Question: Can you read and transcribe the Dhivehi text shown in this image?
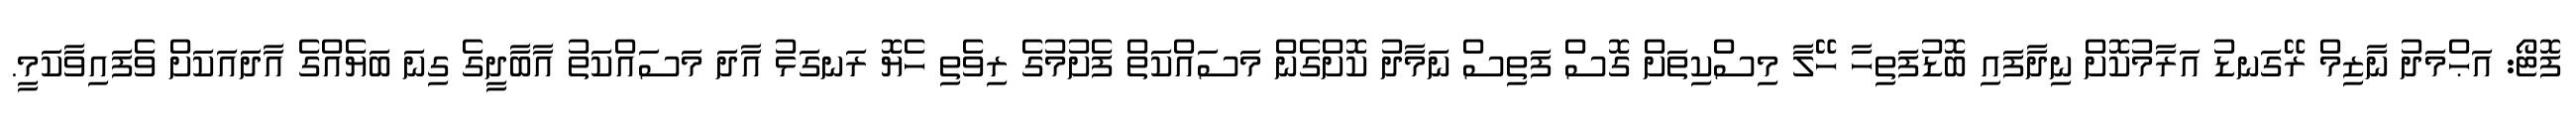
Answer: ފޮޓޯ: އަޙްމަދު ނާޒިމް ރޭގަނޑު އަރާމުކޮށް ނިދާފައި ބޮޑުފަތިހާ ހޭލާ މިސްކިތަށް ގޮސް ފަތިސް ނަމާދު ކޮށްގެން މަސައްކަތް ފެށުމުގެ ރިވެތި ހެޔޮ ރަނގަޅު އާދަ މަސައްކަތު އާބާދީގެ ގިނަ ބަޔެއްގެ އާދައަކަށް ވެފައިވާކަމީ.